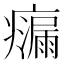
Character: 𭼴